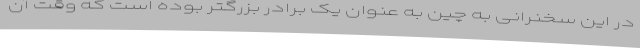
در این سخنرانی به چین به عنوان یک برادر بزرگتر بوده است که وقت آن